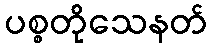
ပစ္စတိုသေနတ်